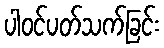
ပါဝင်ပတ်သက်ခြင်း